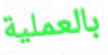
بالعملية